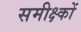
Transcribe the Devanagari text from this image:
समीक्ष्कों